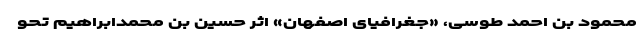
محمود بن احمد طوسی، «جغرافیای اصفهان» اثر حسین بن محمدابراهیم تحو